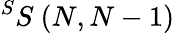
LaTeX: ^SS\ (N,N-1)